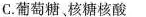
C.葡萄糖。核糖核酸